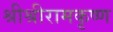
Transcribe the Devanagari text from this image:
श्रीश्रीरामकृष्ण